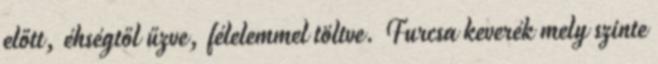
előtt, éhségtől űzve, félelemmel töltve. Furcsa keverék mely szinte